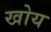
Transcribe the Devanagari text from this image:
खोय